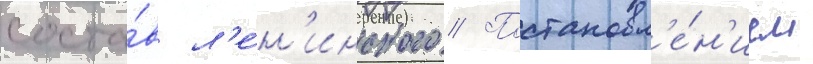
соста́в л'е́н'инского // Постановл'е́н'ием